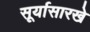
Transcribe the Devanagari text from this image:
सूर्यासारखे